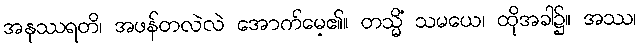
အနုဿရတိ၊ အဖန်တလဲလဲ အောက်မေ့၏။ တသ္မိံ သမယေ၊ ထိုအခါ၌။ အဿ၊